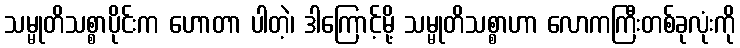
သမ္မုတိသစ္စာပိုင်းက ဟောတာ ပါတဲ့၊ ဒါကြောင့်မို့ သမ္မုတိသစ္စာဟာ လောကကြီးတစ်ခုလုံးကို